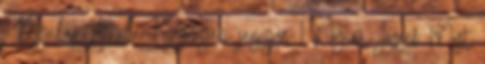
1 Nyilas Attila: Egynyári jegyze 1 Nyírő József: Most